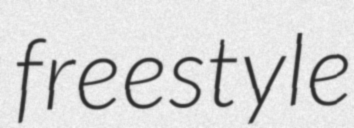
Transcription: freestyle